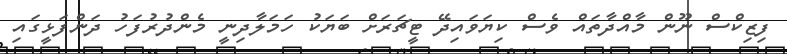
ފިޒިކްސް ނޫން މާއްދާތައް ވެސް ކިޔަވައިދޭ ޓީޗަރަށް ބަޔަކު ހަމަލާދިނީ މެންދުރުފަހު ދަންފަޅީގައި